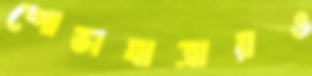
শোভাযাত্রায়ও